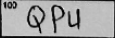
Transcription: QPU